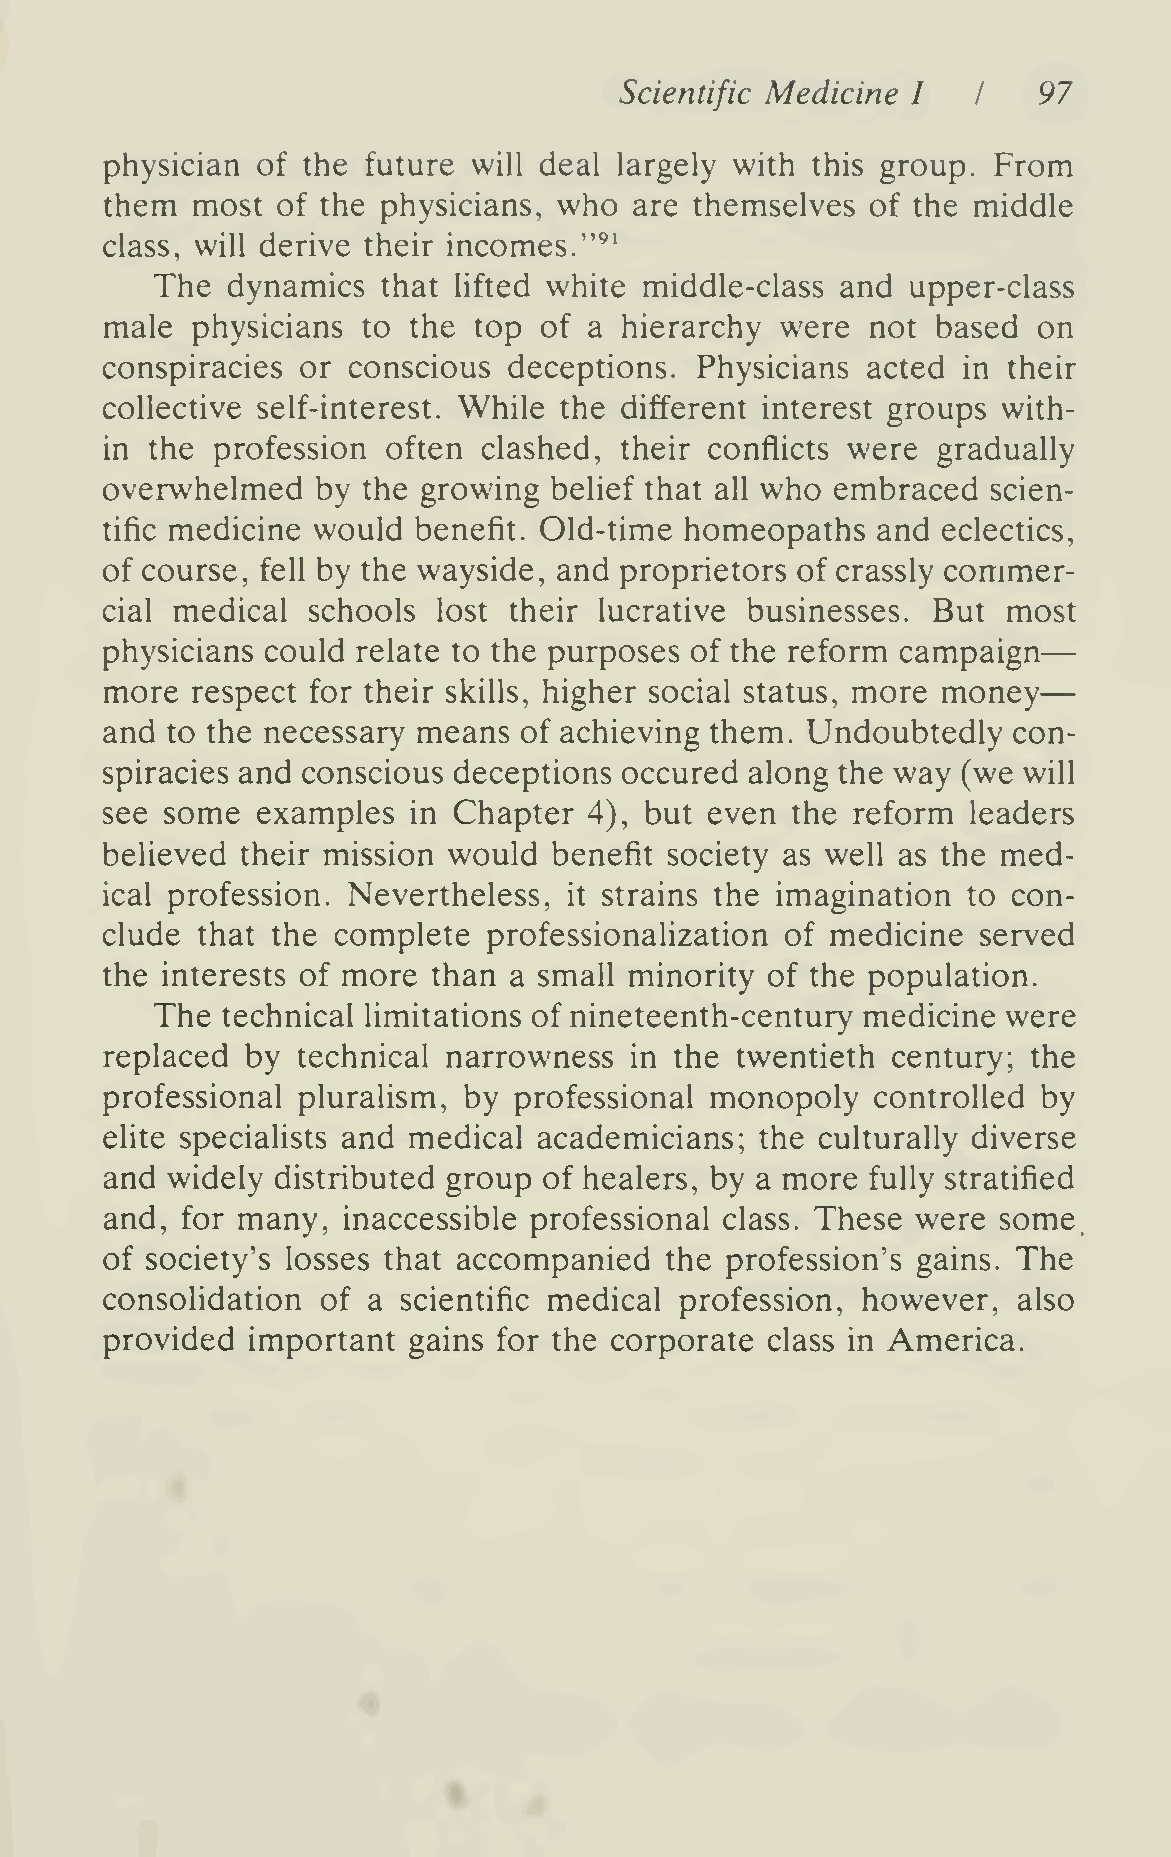
——
 Scientific Medicine I   I   97
 physician of the future will deal largely with this group. From
 them  most of the physicians, who  are themselves  of the middle
 class, will derive their incomes."^'
 The  dynamics  that lifted white middle-class and upper-class
 male  physicians to the top  of a hierarchy  were  not based  on
 conspiracies or conscious  deceptions. Physicians acted  in their
 collective self-interest. While the different interest groups with-
 in the profession  often clashed, their conflicts were gradually
 overwhelmed   by the growing belief that all who embraced  scien-
 tific medicine would benefit. Old-time homeopaths  and eclectics,
 of course, fell by the wayside, and proprietors of crassly commer-
 cial medical schools  lost their lucrative businesses. But  most
 physicians could relate to the purposes of the reform campaign
 more  respect for their skills, higher social status, more money
 and to the necessary means of achieving them. Undoubtedly   con-
 spiracies and conscious deceptions occured along the way (we will
 see some  examples  in Chapter  4), but even the reform  leaders
 believed their mission would  benefit society as well as the med-
 ical profession. Nevertheless, it strains the imagination to con-
 clude that the complete  professionalization of medicine  served
 the interests of more than a small minority of the population.
 The  technical limitations of nineteenth-century medicine were
 replaced by  technical narrowness  in the twentieth century; the
 professional pluralism, by professional monopoly   controlled by
 elite specialists and medical academicians; the culturally diverse
 and widely distributed group of healers, by a more fully stratified
 and, for many,  inaccessible professional class. These were some,
 of society's losses that accompanied the profession's gains. The
 consolidation of a  scientific medical profession, however, also
 provided important  gains for the corporate class in America.